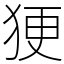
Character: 㹴